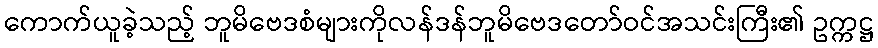
ကောက်ယူခဲ့သည့် ဘူမိဗေဒစံများကိုလန်ဒန်ဘူမိဗေဒတော်ဝင်အသင်းကြီး၏ ဥက္ကဋ္ဌ